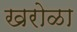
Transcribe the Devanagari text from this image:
खरोळा